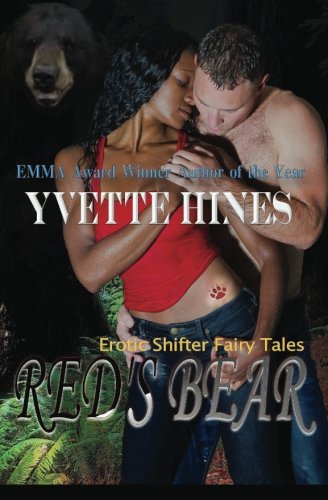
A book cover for Red's Bear (Erotic Shifter Fairy Tales); Yvette Hines; Romance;